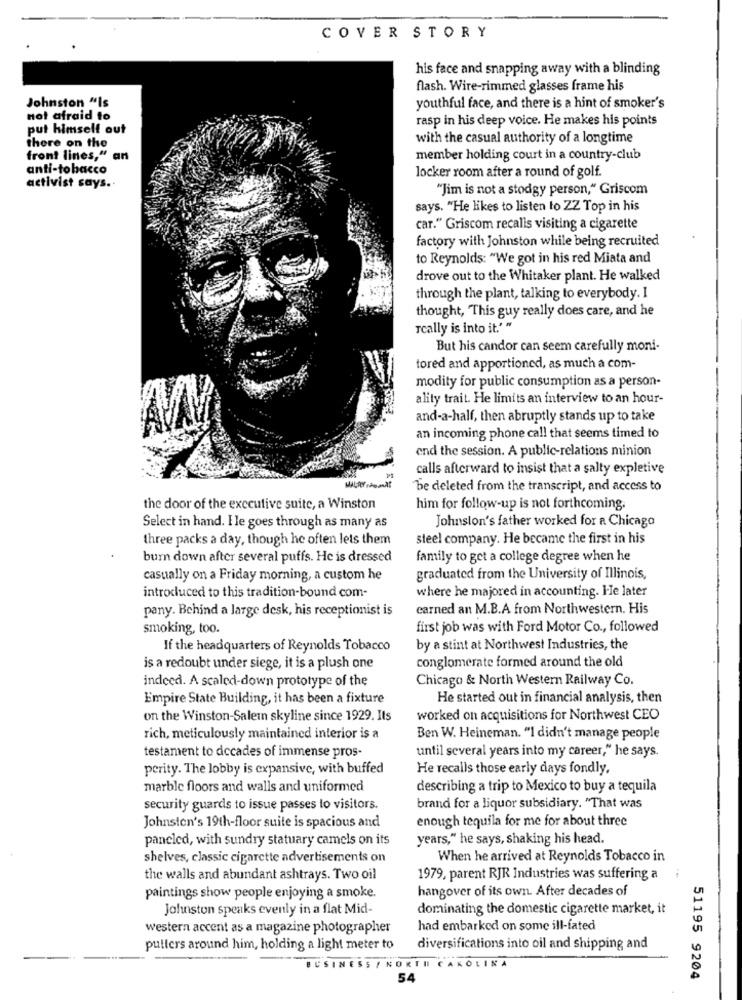
COVER STORY
his face and snapping away with a blinding
flash. Wire-rimmed glasses frame his
Johnston "Is
youthful face, and there is a hint of smoker's
not afraid to
rasp in his deep voice. He makes his points
put himself out
with the casual authority of a longtime
there on the
front lines," an
member holding court in a country-club
anti-tobacco
locker room after a round of golf.
activist says ..
"Jim is not a stodgy person," Griscom
says. "He likes to listen to ZZ Top in his
car." Griscom recalls visiting a cigarette
factory with Johnston while being recruited
to Reynolds: "We got in his red Miata and
drove out to the Whitaker plant. He walked
through the plant, talking to everybody. I
thought, This guy really does care, and he
really is into it.' "
But his candor can seem carefully moni-
tored and apportioned, as much a com-
modity for public consumption as a person-
ality trait. He limits an interview to an hour-
and-a-half, then abruptly stands up to take
an incoming phone call that seems timed to
end the session. A public-relations minion
calls afterward to insist that a salty expletive
Be deleted from the transcript, and access to
the door of the executive suite, a Winston
him for follow-up is not forthcoming.
Johnston's father worked for a Chicago
Select in hand. Ile goes through as many as
three packs a day, though he often lets them
steel company. He became the first in his
burn down after several puffs. He is dressed
family to get a college degree when he
casually on a Friday morning, a custom he
graduated from the University of Illinois,
introduced to this tradition-bound com-
where he majored in accounting. I-le later
pany. Behind a large desk, his receptionist is
carned an M.B.A from Northwestern. His
smoking, too.
first job was with Ford Motor Co ., followed
If the headquarters of Reynolds Tobacco
by a stint at Northwest Industries, the
conglomerate formed around the old
is a redoubt under siege, it is a plush one
indeed. A scaled-down prototype of the
Chicago & North Western Railway Co.
Empire State Building, it has been a fixture
He started out in financial analysis, then
on the Winston-Salem skyline since 1929. Its
worked on acquisitions for Northwest CEO
rich, meticulously maintained interior is a
Ben W. Heineman. "I didn't manage people
until several years into my career," he says.
testament to decades of immense pros-
perity. The lobby is expansive, with buffed
He recalls those early days fondly.
marble floors and walls and uniformed
describing a trip to Mexico to buy a tequila
security guards to issue passes to visitors.
brand for a liquor subsidiary. "That was
enough tequila for me for about three
Johnsten's 19th-floor suite is spacious and
pancled, with sundry statuary camels on its
years," he says, shaking his head.
shelves, classic cigarette advertisements on
When he arrived at Reynolds Tobacco in
the walls and abundant ashtrays. Two oil
1979, parent RJR Industries was suffering a
hangover of its own. After decades of
paintings show people enjoying a smoke.
Johuston speaks evenly in a flat Mid-
dominating the domestic cigarette market, it
western accent as a magazine photographer
had embarked on some ill-fated
putters around him, holding a light meter to
diversifications into oil and shipping and
BUSINESS / NORTH CAROLINA
54
51195 9204